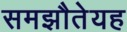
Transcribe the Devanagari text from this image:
समझौतेयह